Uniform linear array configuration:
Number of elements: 12
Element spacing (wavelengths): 0.75
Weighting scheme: binomial
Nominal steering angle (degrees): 45
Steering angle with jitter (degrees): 46.319
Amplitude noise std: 0.05
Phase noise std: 0.05

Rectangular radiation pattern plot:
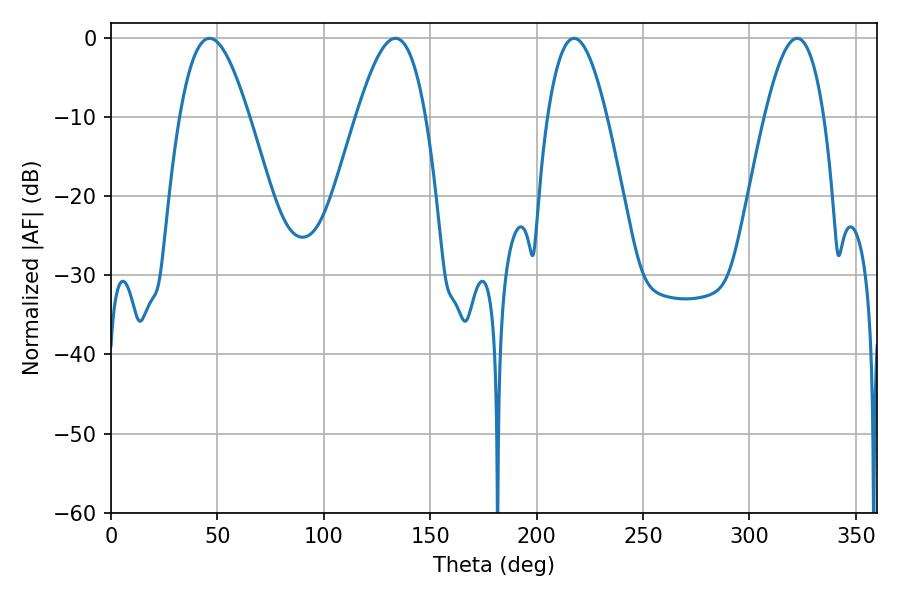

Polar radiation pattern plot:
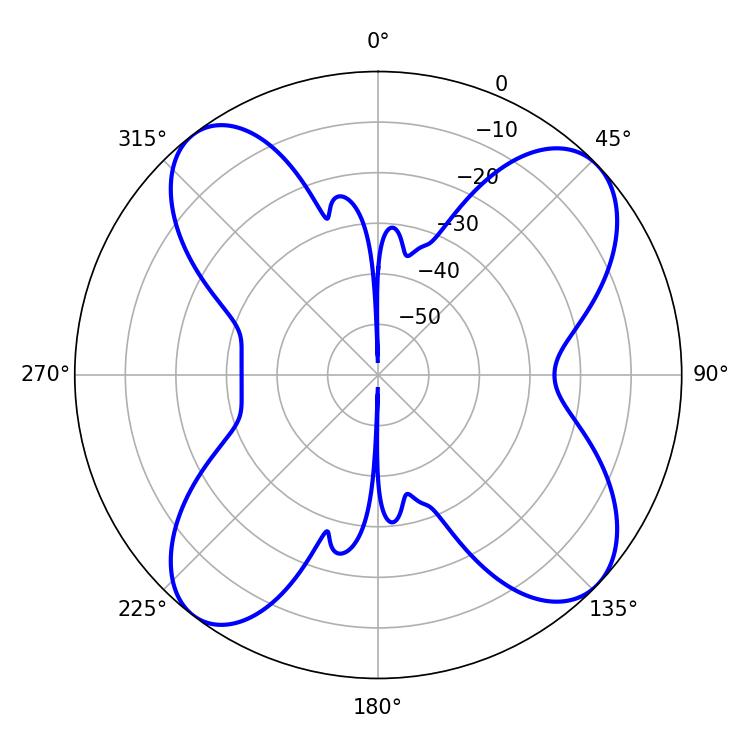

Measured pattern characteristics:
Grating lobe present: TRUE
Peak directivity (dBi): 11.622
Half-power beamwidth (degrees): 15.12
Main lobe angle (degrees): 217.62